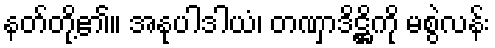
နတ်တို့၏။ အနုပါဒါယံ၊ တဏှာဒိဋ္ဌိကို မစွဲလန်း